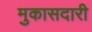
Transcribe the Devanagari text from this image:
मुकासदारी